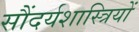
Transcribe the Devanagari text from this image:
सौंदर्यशास्त्रियों